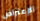
الإعتراض